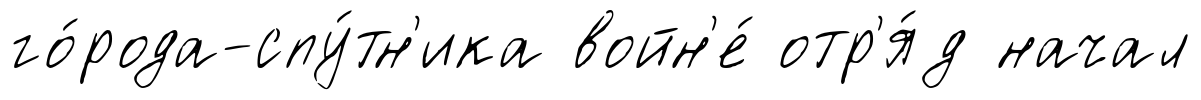
го́рода-спу́тн'ика войн'е́ отр'я́д начал